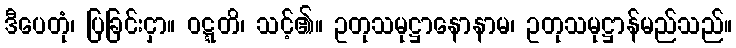
ဒီပေတုံ၊ ပြခြင်းငှာ။ ဝဋ္ဋတိ၊ သင့်၏။ ဥတုသမုဋ္ဌာနောနာမ၊ ဥတုသမုဋ္ဌာန်မည်သည်။